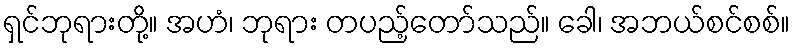
ရှင်ဘုရားတို့။ အဟံ၊ ဘုရား တပည့်တော်သည်။ ခေါ၊ အဘယ်စင်စစ်။